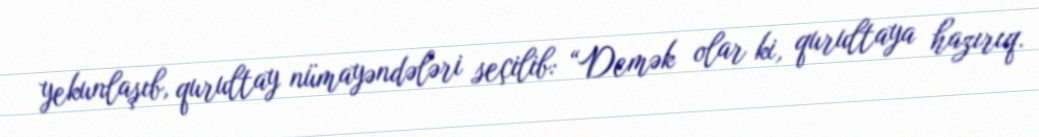
yekunlaşıb, qurultay nümayəndələri seçilib: “Demək olar ki, qurultaya hazırıq.